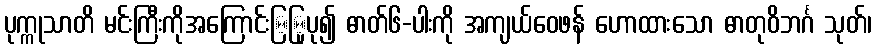
ပုက္ကုသာတိ မင်းကြီးကိုအကြောင်းြြုပု၍ ဓာတ်၆-ပါးကို အကျယ်ဝေဖန် ဟောထားသော ဓာတုဝိဘင်္ဂ သုတ်၊